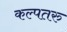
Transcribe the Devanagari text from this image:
कल्‍पतरु